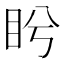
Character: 盻